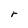
Character: r